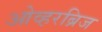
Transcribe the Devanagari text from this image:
ओव्हरब्रिज